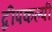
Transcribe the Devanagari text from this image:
द्वीपकल्पी